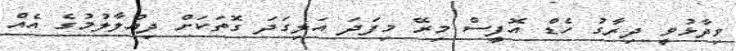
ވިދާޅުވީ ދިރާގު ހެޑް އޮފީސް މިރޭ މިފަދަ އަލިގަދަ ގޮތަކަށް ދިއްލާލުމުގެ އެއް